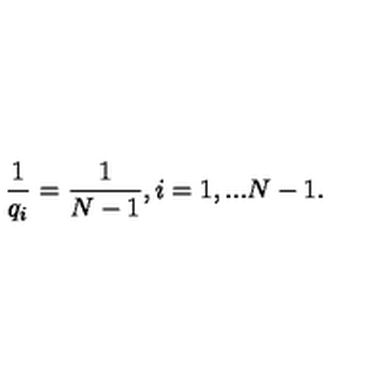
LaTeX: \frac { 1 } { q _ { i } } = \frac { 1 } { N - 1 } , i = 1 , . . . N - 1 .